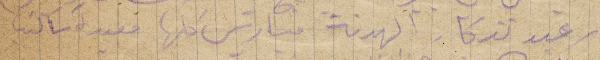
عيد تذكار الهدنة فباريس كلها معيدة وساكتب